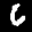
Label: 6